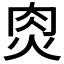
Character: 𰞎